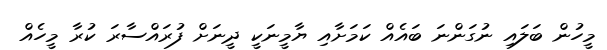
މީހުން ބަލައި ނުގަންނަ ބައެއް ކަމަށާއި ޔާމީނަކީ ދީނަށް ފުރައްސާރަ ކުރާ މީހެއް